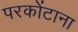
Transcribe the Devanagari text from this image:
परकोंटाना